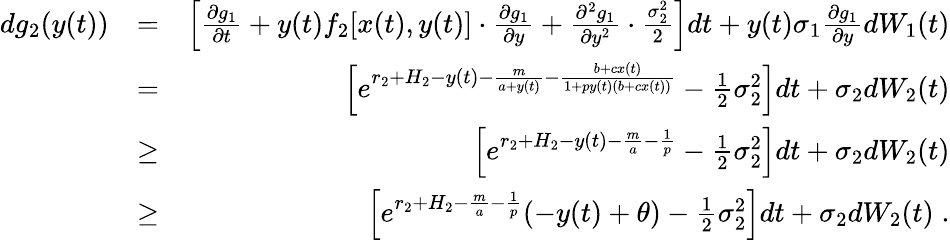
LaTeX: \begin{array}{rlr}{dg_{2}(y(t))}&{=}&{\left[\frac{\partial g_{1}}{\partial t}+y(t)f_{2}[x(t),y(t)]\cdot\frac{\partial g_{1}}{\partial y}+\frac{\partial^{2}g_{1}}{\partial y^{2}}\cdot\frac{\sigma_{2}^{2}}{2}\right]dt+y(t)\sigma_{1}\frac{\partial g_{1}}{\partial y}dW_{1}(t)}\\ &{=}&{\left[e^{r_{2}+H_{2}-y(t)-\frac{m}{a+y(t)}-\frac{b+cx(t)}{1+py(t)(b+cx(t))}}-\frac{1}{2}\sigma_{2}^{2}\right]dt+\sigma_{2}dW_{2}(t)}\\ &{\geq}&{\left[e^{r_{2}+H_{2}-y(t)-\frac{m}{a}-\frac{1}{p}}-\frac{1}{2}\sigma_{2}^{2}\right]dt+\sigma_{2}dW_{2}(t)}\\ &{\geq}&{\left[e^{r_{2}+H_{2}-\frac{m}{a}-\frac{1}{p}}(-y(t)+\theta)-\frac{1}{2}\sigma_{2}^{2}\right]dt+\sigma_{2}dW_{2}(t)\; .}\end{array}